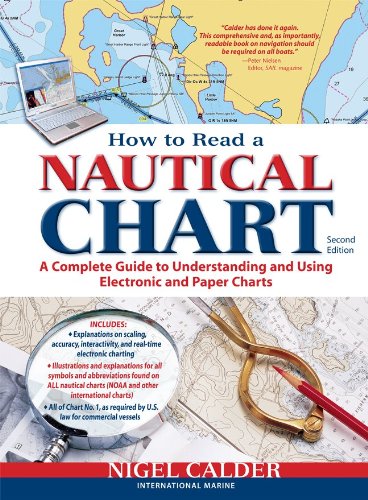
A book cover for How to Read a Nautical Chart, 2nd Edition (Includes ALL of Chart #1): A Complete Guide to Using and Understanding Electronic and Paper Charts; Nigel Calder; Engineering & Transportation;